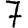
Digit: 7